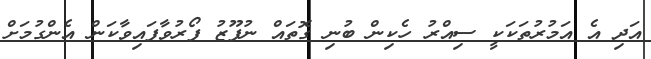
އަދި އެ އަމުރުތަކަކީ ސިއްރު ހެކިން ބުނި ގޮތައް ނުފޫޒު ފޯރުވާފައިވާކަން އެންގުމަށް